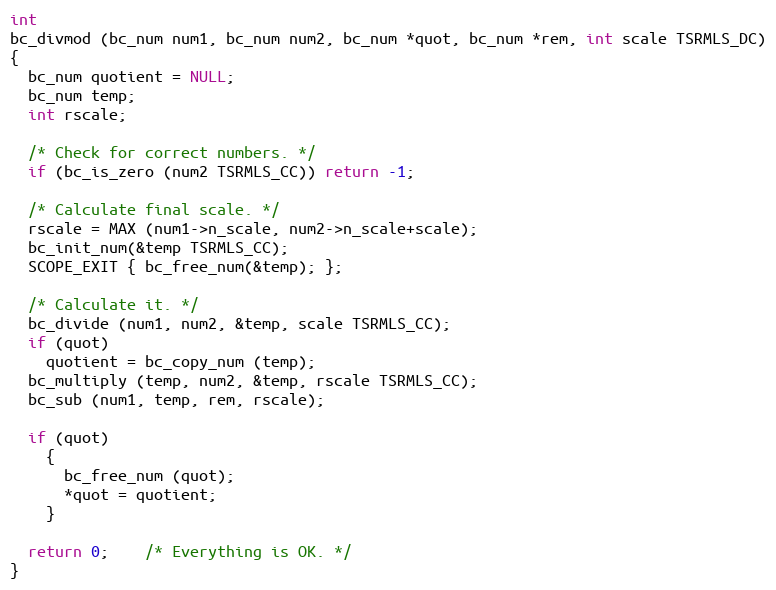
Language: C++
int
bc_divmod (bc_num num1, bc_num num2, bc_num *quot, bc_num *rem, int scale TSRMLS_DC)
{
  bc_num quotient = NULL;
  bc_num temp;
  int rscale;

  /* Check for correct numbers. */
  if (bc_is_zero (num2 TSRMLS_CC)) return -1;

  /* Calculate final scale. */
  rscale = MAX (num1->n_scale, num2->n_scale+scale);
  bc_init_num(&temp TSRMLS_CC);
  SCOPE_EXIT { bc_free_num(&temp); };

  /* Calculate it. */
  bc_divide (num1, num2, &temp, scale TSRMLS_CC);
  if (quot)
    quotient = bc_copy_num (temp);
  bc_multiply (temp, num2, &temp, rscale TSRMLS_CC);
  bc_sub (num1, temp, rem, rscale);

  if (quot)
    {
      bc_free_num (quot);
      *quot = quotient;
    }

  return 0;	/* Everything is OK. */
}